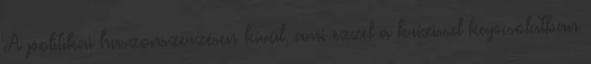
A politikai haszonszerzésen kívül, ami ezzel a krízissel kapcsolatban